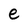
Character: e